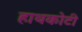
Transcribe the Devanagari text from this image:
हाथकोटी